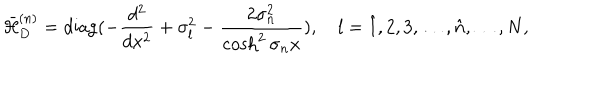
LaTeX: \bar { \cal H } _ { D } ^ { ( n ) } = \mathrm { d i a g } ( - \frac { d ^ { 2 } } { d x ^ { 2 } } + \sigma _ { l } ^ { 2 } - \frac { 2 \sigma _ { n } ^ { 2 } } { \cosh ^ { 2 } \sigma _ { n } x } ) , l = \hat { 1 } , 2 , 3 , \ldots , \hat { n } , \ldots , N ,